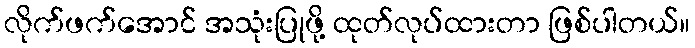
လိုက်ဖက်အောင် အသုံးပြုဖို့ ထုတ်လုပ်ထားတာ ဖြစ်ပါတယ်။